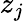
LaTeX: z_{j}